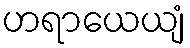
ဟရာယေယျံ